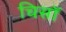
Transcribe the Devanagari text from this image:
चिसॉ